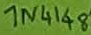
Text: 1N4148